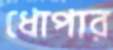
ধোপার